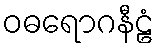
ဝဓရောဂနီဠံ